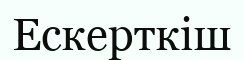
Ескерткіш